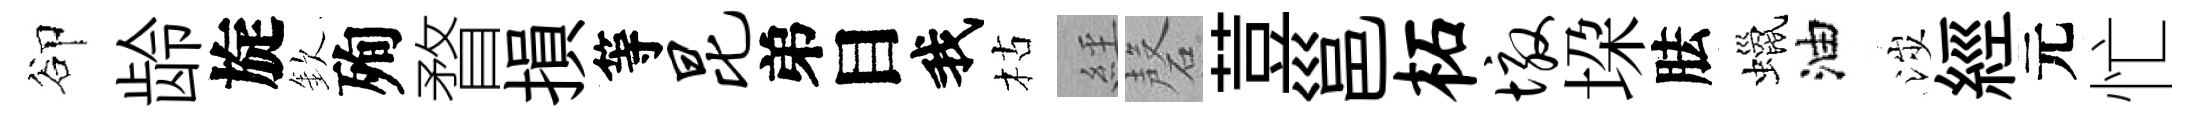
卻龄旋欽殉瞀損等昆弟目我枯𦀇磬荳邕柘墩垜胠蠟油涉經元忙